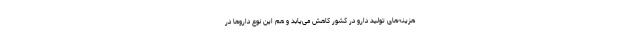
هزینه‌های تولید دارو در کشور کاهش می‌یابد و هم این نوع داروها در